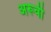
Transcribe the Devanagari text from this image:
अरूवी